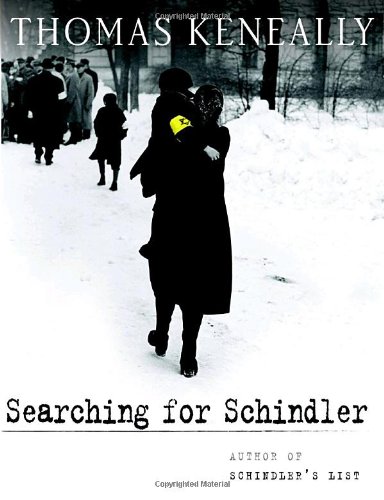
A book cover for Searching for Schindler: A memoir; Thomas Keneally; Biographies & Memoirs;